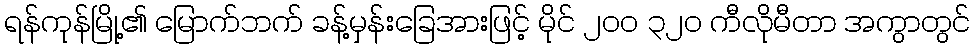
ရန်ကုန်မြို့၏ မြောက်ဘက် ခန့်မှန်းခြေအားဖြင့် မိုင် ၂၀၀ ၃၂၀ ကီလိုမီတာ အကွာတွင်